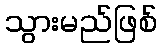
သွားမည်ဖြစ်